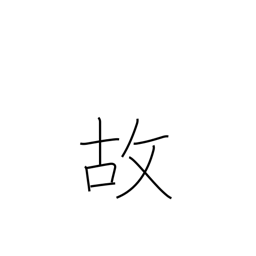
Meaning: happenstance